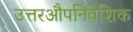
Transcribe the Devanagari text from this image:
उत्तरऔपनिवेशिक